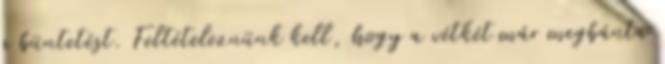
a büntetést. Feltételeznünk kell, hogy a vétkét már megbánta